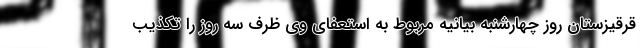
قرقیزستان روز چهارشنبه بیانیه مربوط به استعفای وی ظرف سه روز را تکذیب